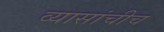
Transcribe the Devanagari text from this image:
व्यासांचीच